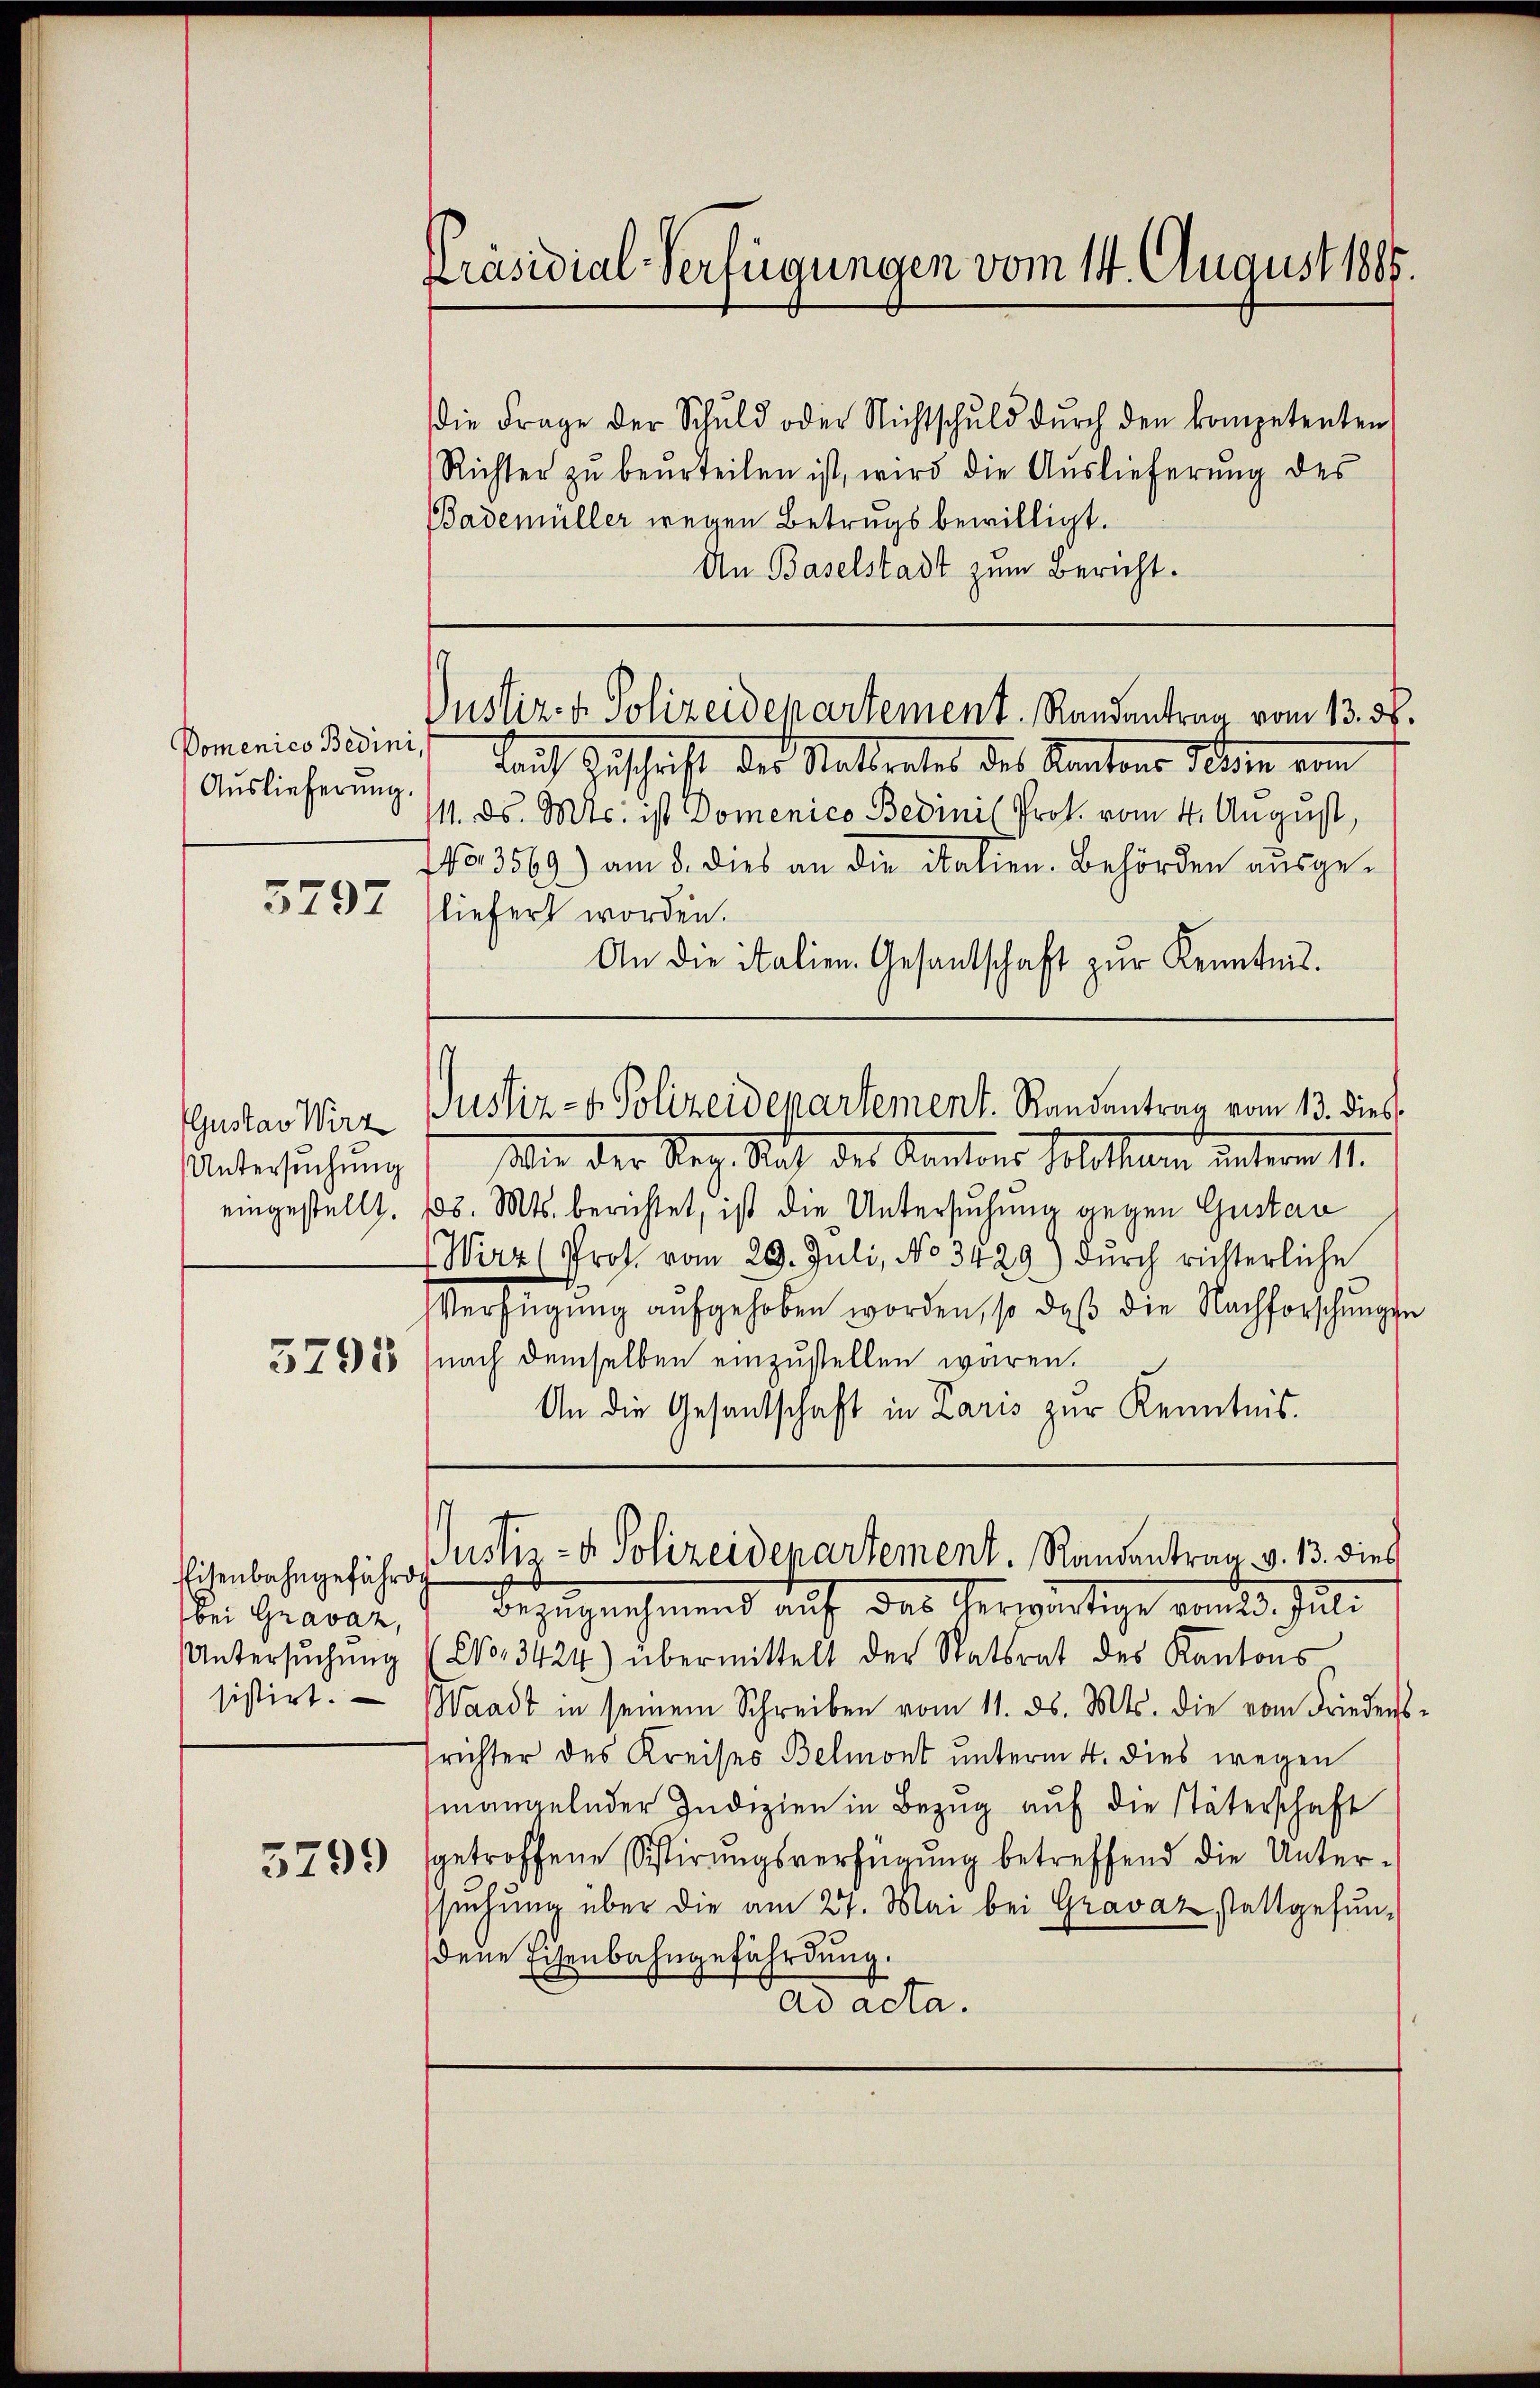
Domenico Bedini,
Auslieferung.

3797

Gustav Wirz
Untersuchung
eingestellt.

5793

Eisenbahngefährd
bei Gravaz,
Untersuchung
sistirt.

5799

Präsidial-Verfügungen vom 14. August 1885.

die Frage der Schuld oder Nichtschuld dŭrch den kompetenten,
Richter zŭ beŭrteilen ist, wird die Aŭslieferŭng des
Bademüller wegen Betrugs bewilligt.
An Baselstadt zum Bericht.

Justiz- & Polizeidepartement. Randentrag vom 13. 3.

Justiz- & Polizeidepartement. Randantrag vom 13. dies

Bauch Zuschrift der Statterates des Kantons Peten vom
11. ds. Mts. ist Domenico Bedini Prok. vom 4. August,
NNo. 3569) am 8. dies an die italien. Behörden ausge-
liefert worden.
An die italien. Gesandtschaft zŭr Kenntnis.
Wie der Reg. Nach des Kantons solchem unterm 1.
18. Mts. berichtet, ist die Untersuchung gegen Gustan
Wirz (Prot. vom 29. Juli, No 3429) dŭrch richterliche
VVerfügung aufgehoben worden, so daß die Nachforschungen
nach demselben einzustellen wären.
An die Gesandschaft in Paris zur Kenntnis.
Justiz- & Polizeidepartement. Randantrag. v. 13. dies
bezugnehmend auf das herwärtige Lander, Juli
No. 3424) übermittelt der Statsrat des Kantons
Waadt in seinem Schreiben vom 11. d. Mts. die vom Frieders
srichter des Kreises Belmont unterm 4. dies wegen
mangelnder Judizien in Bezug auf die Täterschaft
getroffene Sistirungsverfügung betreffend die Untersuchung über die am 27. Mai bei Gravaz stattgefundene Eisenbahngefährdung.
ad acta.

"